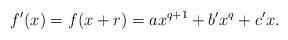
LaTeX: \begin{align*}f'(x) = f(x+r) = ax^{q+1}+b'x^q+c'x.\end{align*}